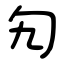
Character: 勼